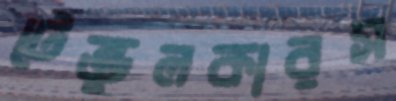
টেন্ডুলকারস